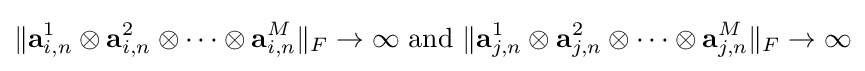
\|\mathbf {a} _{i,n}^{1}\otimes \mathbf {a} _{i,n}^{2}\otimes \cdots \otimes \mathbf {a} _{i,n}^{M}\|_{F}\to \infty {\text{  and  }}\|\mathbf {a} _{j,n}^{1}\otimes \mathbf {a} _{j,n}^{2}\otimes \cdots \otimes \mathbf {a} _{j,n}^{M}\|_{F}\to \infty